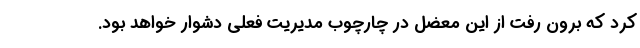
کرد که برون رفت از این معضل در چارچوب مدیریت فعلی دشوار خواهد بود.